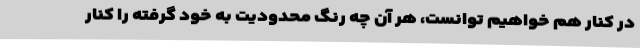
در کنار هم خواهیم توانست، هر آن چه رنگ محدودیت به خود گرفته را کنار